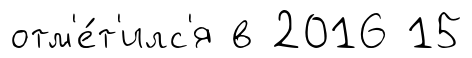
отм'е́т'илс'я в 2016 15